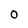
Character: o